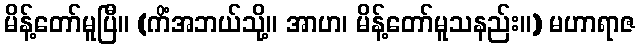
မိန့်တော်မူပြီ။ (ကိံအဘယ်သို့။ အာဟ၊ မိန့်တော်မူသနည်း။) မဟာရာဇ